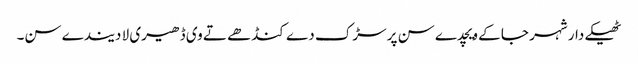
ٹھیکے دار شہر جا کے ویچدے سن پر سڑک دے کنڈھے تے وی ڈھیری لا دیندے سن۔